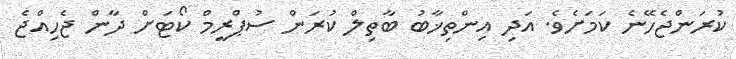
ކުރަންޖެހޭނެ ކަމަށެވެ. އަދި އިންތިޚާބު ބާތިލް ކުރަން ސުޕްރީމް ކޯޓަށް ދާން ޖެހިއްޖެ